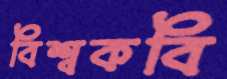
বিশ্বকবি